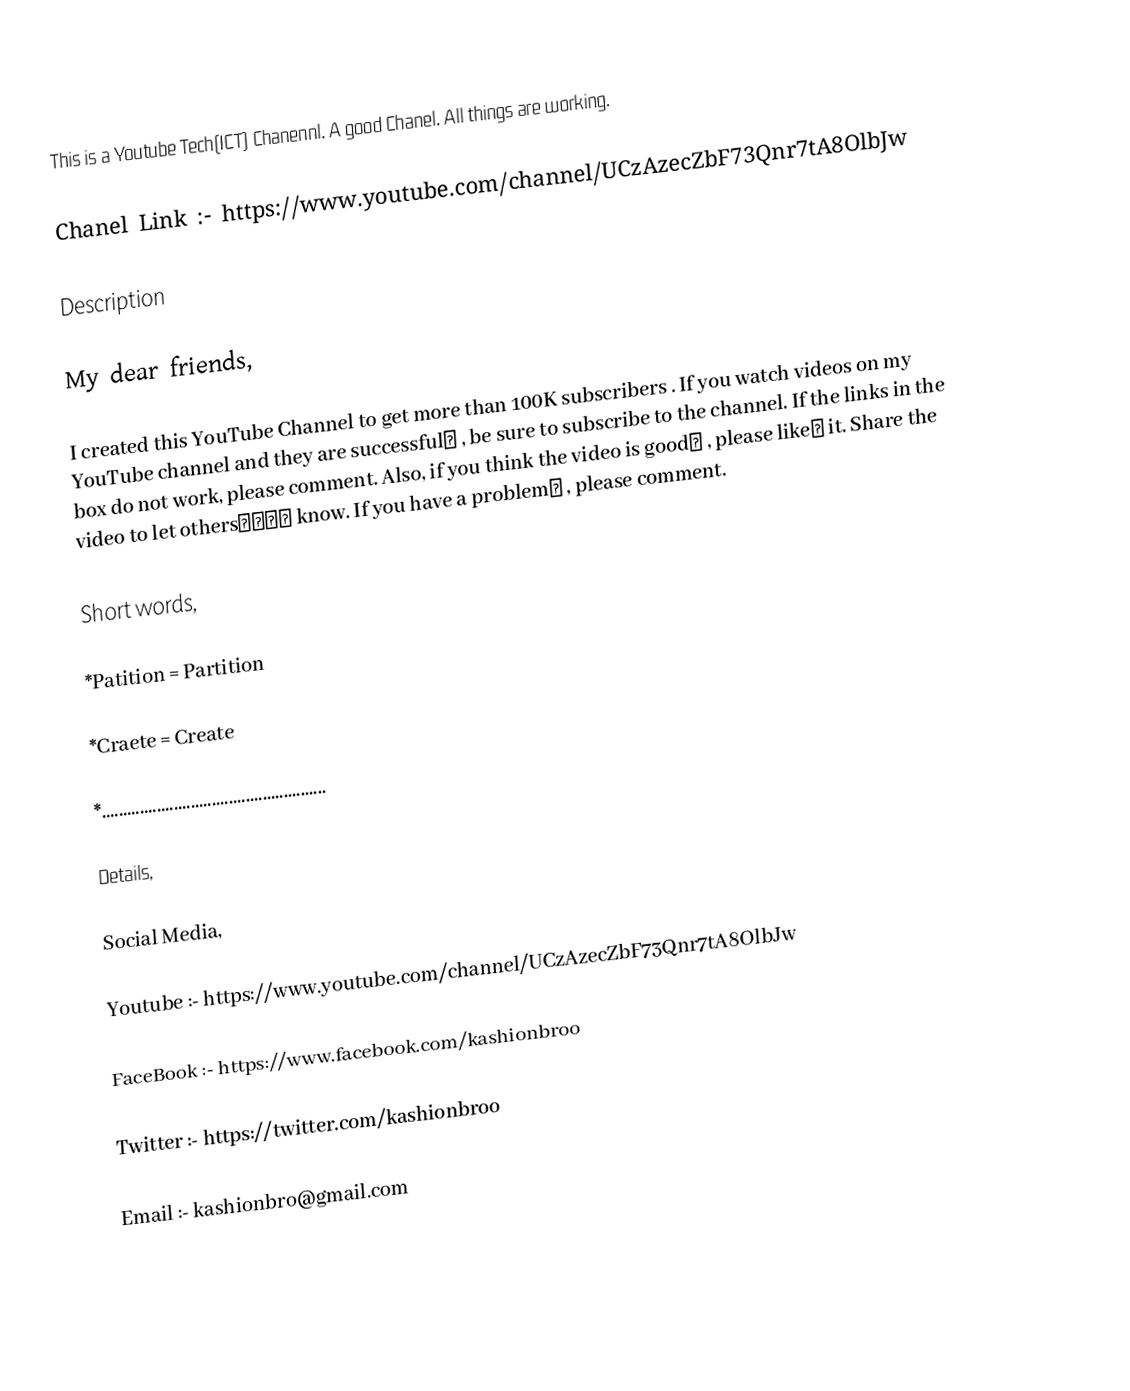
This is a Youtube Tech(ICT) Chanennl. A good Chanel. All things are working.

Chanel Link :- https://www.youtube.com/channel/UCzAzecZbF73Qnr7tA8OlbJw

Description

My dear friends,

I created this YouTube Channel to get more than 100K subscribers . If you watch videos on my YouTube channel and they are successful✅ , be sure to subscribe to the channel. If the links in the box do not work, please comment. Also, if you  think the video is good👏 , please like👍 it. Share the video to let others👨‍👩‍👧‍👧 know. ​If you have a problem⚠️ , please comment.

Short words,

*Patition = Partition

*Craete   = Create

*.....................................................

Details,

Social Media,

Youtube   :- https://www.youtube.com/channel/UCzAzecZbF73Qnr7tA8OlbJw

FaceBook :- https://www.facebook.com/kashionbroo

Twitter      :- https://twitter.com/kashionbroo

Email        :- kashionbro@gmail.com